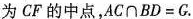
为CF的中点，$$A C \cap B D = G$$.